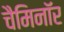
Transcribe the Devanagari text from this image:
चैमिनॉर